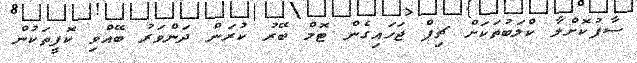
ސާފުކޮށްލާ ކްލަބުތަކަށް ޗިޕް ޖަހައިގެން ޓޮމް ބޭރު ކުރަން ދަންވަރު ބޭއްވި ކޮފީތަކުން